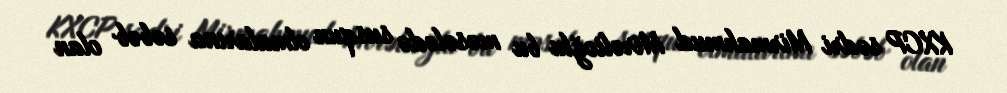
KXCP sədri Mirmahmud Mirəlioğlu bu məsələdə susqun olmalarına səbəb olan